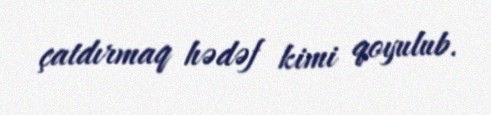
çatdırmaq hədəf kimi qoyulub.